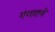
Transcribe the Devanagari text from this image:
गंगाराये